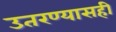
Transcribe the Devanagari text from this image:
उतरण्यासही